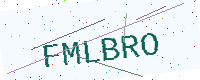
Text: FMLBRO